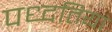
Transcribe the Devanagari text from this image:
पध्दतियां